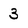
Character: 3